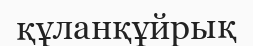
құланқұйрық